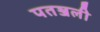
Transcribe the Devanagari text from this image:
पतञ्जली